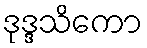
ဒုဒ္ဒသိကော